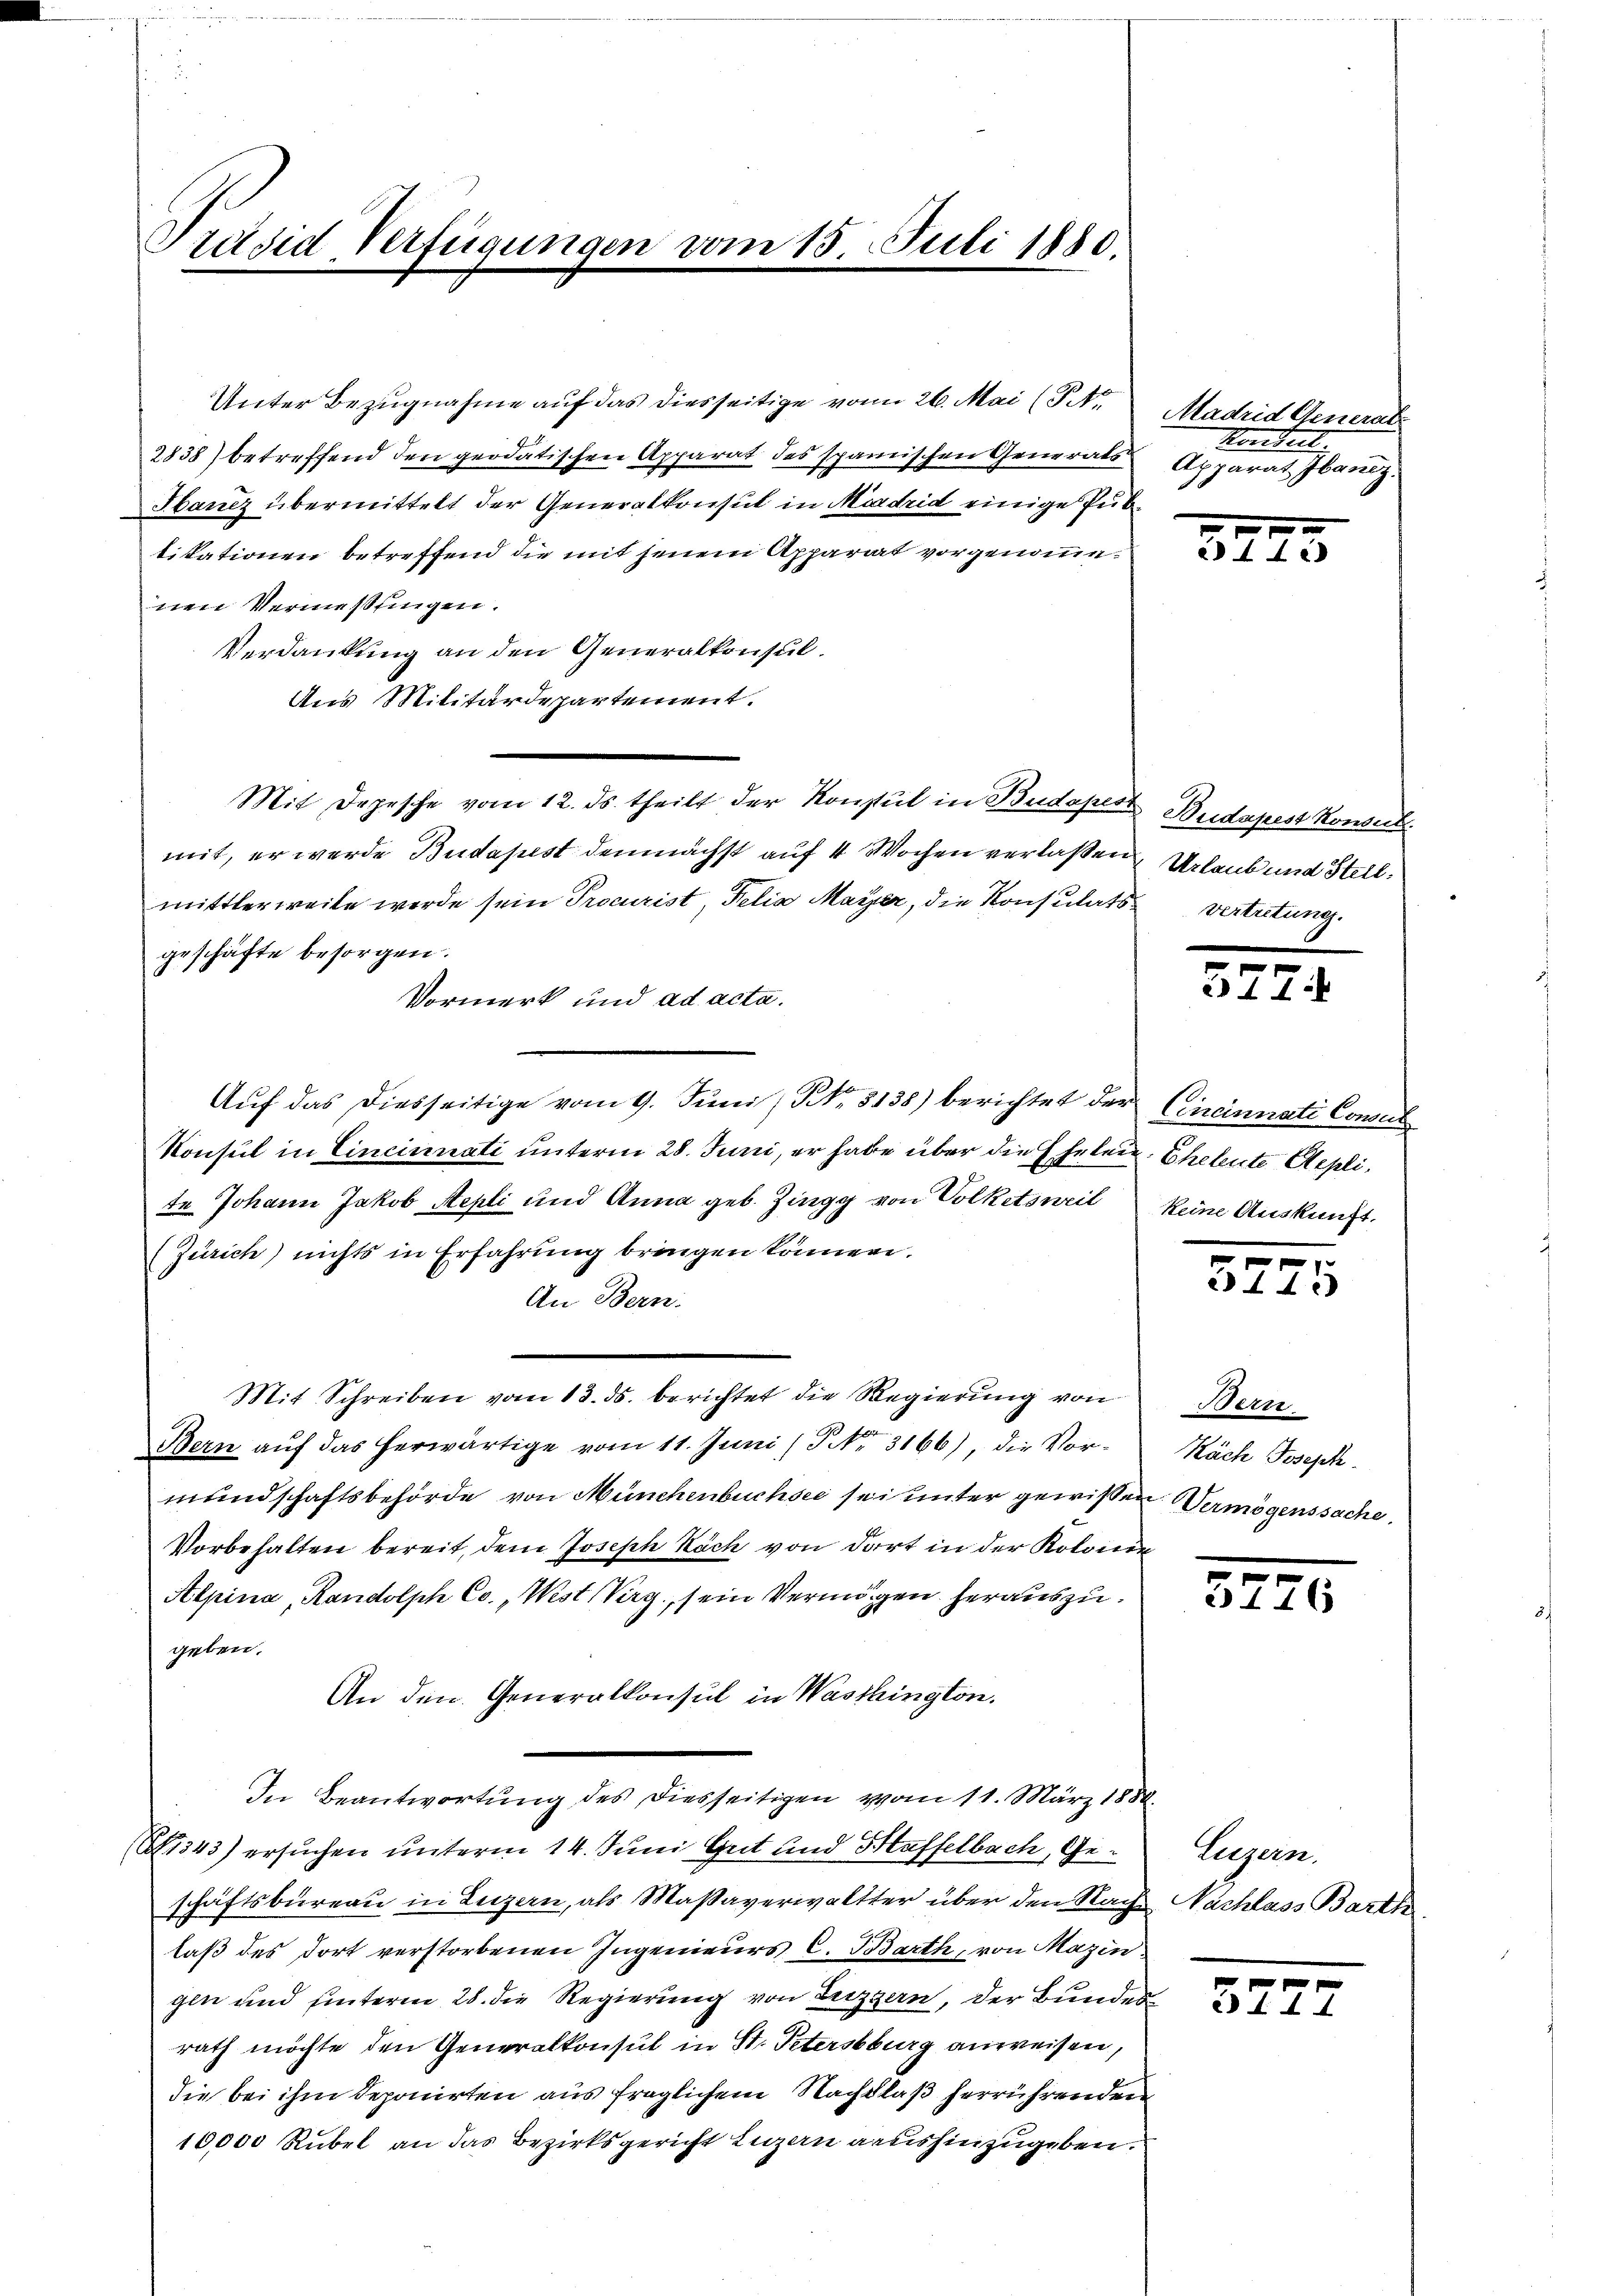
Präsid Verfügungen vom 15. Juli 1880.

Unter Bezugnahme auf das diesseitige vom 26. Mai (T.1
2838) betreffend den geodatischen Apparat des spanischen Generals Apparat Ibanz.
Sanz übermittelt der Generalkonsul in Madrid einige Pubtitationen betreffend die mit jenem Apparat vorgenommenen Vermeßungen.
Verdankung an den Generalkonsul
Aus Militärdepartement.
Mit Depesche vom 12. ds. theilt der Konsul in Budapest Bridapest konnt
mit, er werde Budapest demnächst auf 4 Wochen verlaßen Urlaub und Stellmittlerweile werde sein Procurist, Felix Maÿer, die Konsulatsvertretung.
geschäfte besorgen.
Vormerk und ad acta.
Aŭf das diesseitige vom 9. Jŭni / NNo. 5138) berichtet der Cincinnati Consul
Konsul in Cincinati unterm 28. Juni, er habe über die Ehelei. Eheleute Aeplite Johann Jakob Aepli und Anna geb. Zingg von Volketsweil keine Auskunft.
(Zürich) nichts in Erfahrung bringen können.
An Bern.
Mit Schreiben vom 13. ds. berichtet die Regierung von Bern.
Bern aŭf das herwärtige vom 11. Juni (Nr. 3166), die Vor-
mundschaftsbehörde von Münchenbuchsee sei unter gewißen Vermögenssache,
Vorbehalten bereit, dem Joseph Räch von dort in der Kolonnen
Alpina, Randolph Co., Wist Verg, sein Vermögen herauszugeben.
An den Generalkonsul in Waschington.
In Beantwortung des diesseitigen vom 11. März 1888.
A1343) ersuchen unterm 14. Juni Grit und Staffelbach, Geschäftsbureau in Luzern, als Maßaverwaltter über den Nachlaß des dort verstorbenen Ingenieurs C. Barth, von Mazin.
gen und unterm 28. die Regierung von Luzern, der Bunden
rath möchte den Generalkonsul in St. Petersburg anweisen,
die bei ihm deponirten aus fraglichem Nachlaß herrührenden
10,000 Rubel an das Bezirksgericht Luzen aushinzugeben.

Madrid Generate
Sondert

32.

57

52.

5

5

Käch Joseph.

2146

Zugern.
Nachlass Barth

371. 1